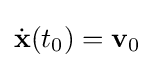
{\dot {\mathbf {x} }}(t_{0})=\mathbf {v} _{0}